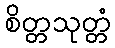
စိတ္တသုတ္တံ